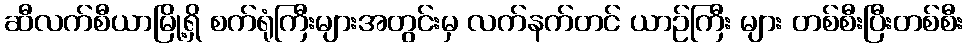
ဆီလက်စီယာမြို့ရှိ စက်ရုံကြီးများအတွင်းမှ လက်နက်တင် ယာဉ်ကြီး များ တစ်စီးပြီးတစ်စီး